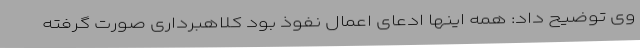
وی توضیح داد: همه اینها ادعای اعمال نفوذ بود کلاهبرداری صورت گرفته